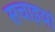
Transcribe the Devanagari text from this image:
सचाइयां